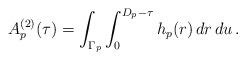
LaTeX: \begin{align*} A_p^{(2)}(\tau) = \int_{\Gamma_p} \int_{0}^{D_p-\tau} h_p(r) \, dr \, du \,.\end{align*}